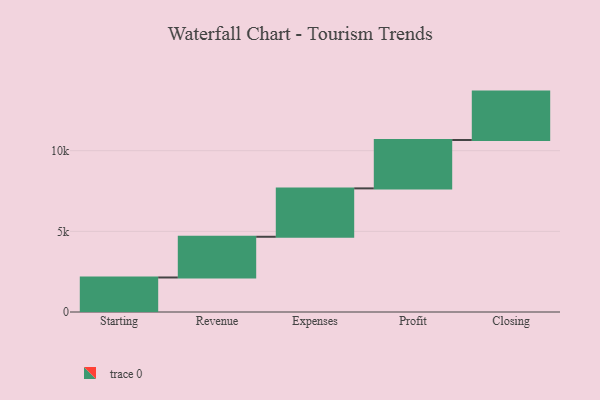
{"axis": {"x": "Step", "y": "Value"}, "legend": [""], "data": [{"x": "Starting", "y": 2140.0, "type": ""}, {"x": "Revenue", "y": 2524.0, "type": ""}, {"x": "Expenses", "y": 3000, "type": ""}, {"x": "Profit", "y": 3000, "type": ""}, {"x": "Closing", "y": 3000, "type": ""}]}